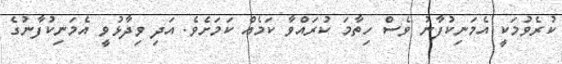
ކުރެވުމަކީ އެމަނިކުފާނު ވެސް ހިތާމަ ކުރައްވާ ކަމެއް ކަަމަށެވެ. އަދި ވިދާޅުވީ އެމަނިކުފާނުގެ